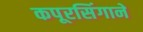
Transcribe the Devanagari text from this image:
कपूरसिंगाने